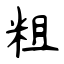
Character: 粗